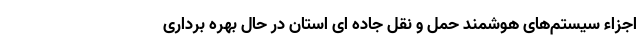
اجزاء سیستم‌های هوشمند حمل و نقل جاده ای استان در حال بهره برداری